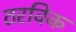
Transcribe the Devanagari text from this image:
ठरविक